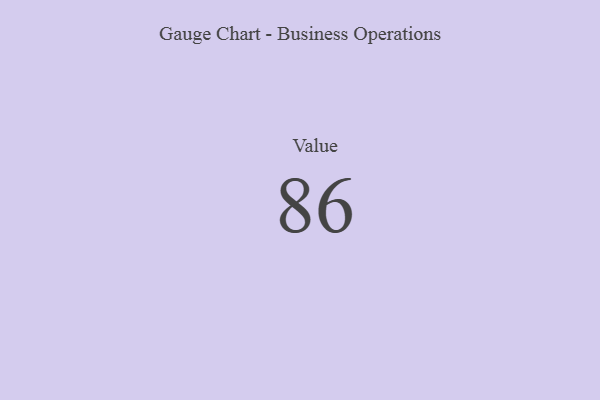
{"axis": {"x": "Metric", "y": "Value"}, "legend": [""], "data": [{"x": "Value", "y": 86, "type": ""}]}